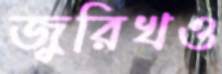
জুরিখও